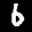
Digit: 6